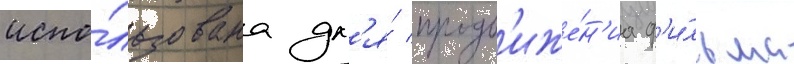
испо́льзована дл'я́ продв'иже́н'иа ф'и́льма